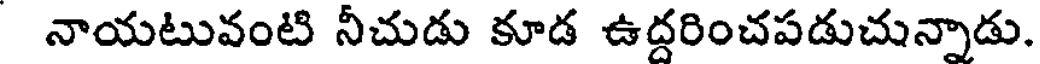
నాయటువంటి నీచుడు కూడ ఉద్దరించపడుచున్నాడు.